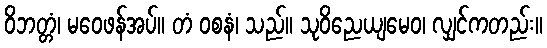
ဝိဘတ္တံ၊ မဝေဖန်အပ်။ တံ ဝစနံ၊ သည်။ သုဝိညေယျမေဝ၊ လျှင်ကတည်း။